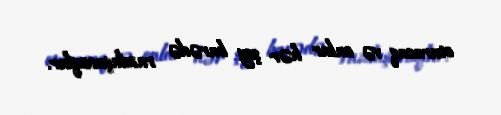
oturacaq və onlar hər şey barədə razılaşacaqlar.